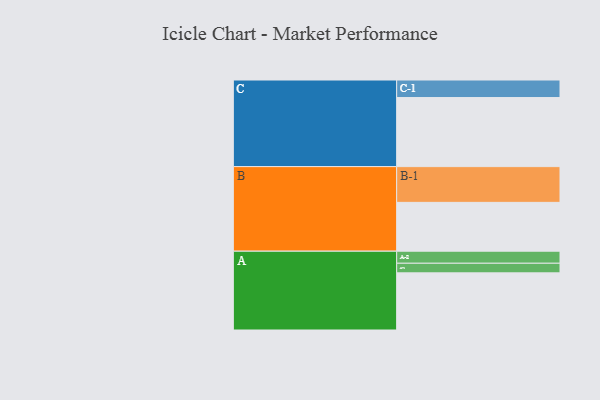
{"axis": {"x": "Segment", "y": "Value"}, "legend": ["", "A", "B", "C"], "data": [{"x": "A", "y": 446, "type": ""}, {"x": "B", "y": 381, "type": ""}, {"x": "C", "y": 539, "type": ""}, {"x": "A-1", "y": 75, "type": "A"}, {"x": "A-2", "y": 94, "type": "A"}, {"x": "B-1", "y": 279, "type": "B"}, {"x": "C-1", "y": 137, "type": "C"}]}